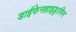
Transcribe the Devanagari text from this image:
डाईफेनहाइड्रामिन